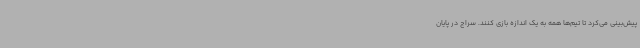
پیش‌بینی می‌کرد تا تیم‌ها همه به یک اندازه بازی کنند. سراج در پایان